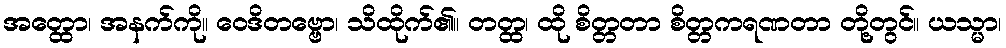
အတ္ထော၊ အနက်ကို။ ဝေဒိတဗ္ဗော၊ သိထိုက်၏။ တတ္ထ၊ ထို စိတ္တတာ စိတ္တကရဏတာ တို့တွင်။ ယသ္မာ၊